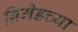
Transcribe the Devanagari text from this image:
ब्रिगेडच्या